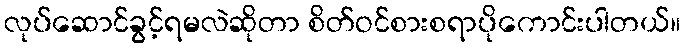
လုပ်ဆောင်ခွင့်ရမလဲဆိုတာ စိတ်ဝင်စားစရာပိုကောင်းပါတယ်။